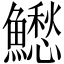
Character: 𩼗